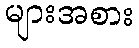
များအစား